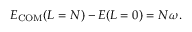
\begin{array} { r } { E _ { \mathrm { C O M } } ( L = N ) - E ( L = 0 ) = N \omega . } \end{array}